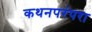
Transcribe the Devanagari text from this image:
कथनपरंपरा